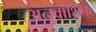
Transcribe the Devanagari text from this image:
अनुवांशिक्